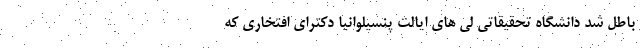
باطل شد دانشگاه تحقیقاتی لی های ایالت پنسیلوانیا دکترای افتخاری که